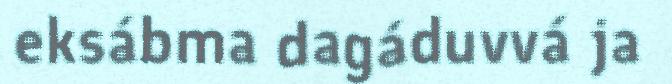
eksábma dagáduvvá ja